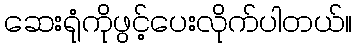
ဆေးရုံကိုဖွင့်ပေးလိုက်ပါတယ်။